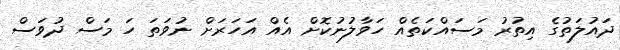
ދައުލަތުގެ އިތުރު މަސައްކަތެއް ހަވާލުނުކޮށް އެއް އަހަރަށް ނުވަތަ ހަ މަސް ދުވަސް